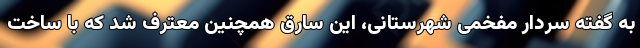
به گفته سردار مفخمی شهرستانی، این سارق همچنین معترف شد که با ساخت